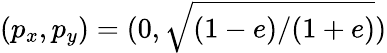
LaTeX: (p_{x},p_{y})=(0,\sqrt{(1-e)/(1+e)})